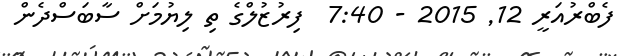
ފެބްރުއަރީ 12